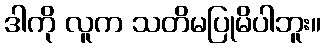
ဒါကို လူက သတိမပြုမိပါဘူး။